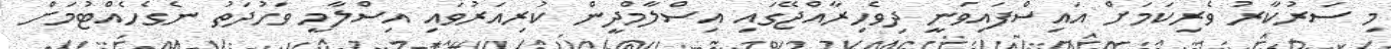
މި ސަރުކާރު ވެރިކަމަށް އައިސްފައިވަނީ ދިވެހިރާއްޖޭގައި އިސްލާމްދީން ކުރިއަރުވައި އިސްލާމީ ވަހުދަތު ނެގެހެއްޓުމަށް